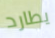
يطارد